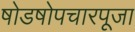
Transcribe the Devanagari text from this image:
षोडषोपचारपूजा